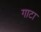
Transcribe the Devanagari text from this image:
गाटा